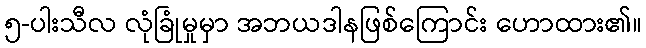
၅-ပါးသီလ လုံခြုံမှုမှာ အဘယဒါနဖြစ်ကြောင်း ဟောထား၏။